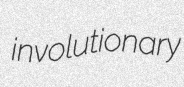
involutionary